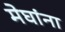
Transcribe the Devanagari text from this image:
मेघांना